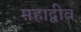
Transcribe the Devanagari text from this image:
महाद्वीव